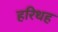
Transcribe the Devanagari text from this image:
हरिथह